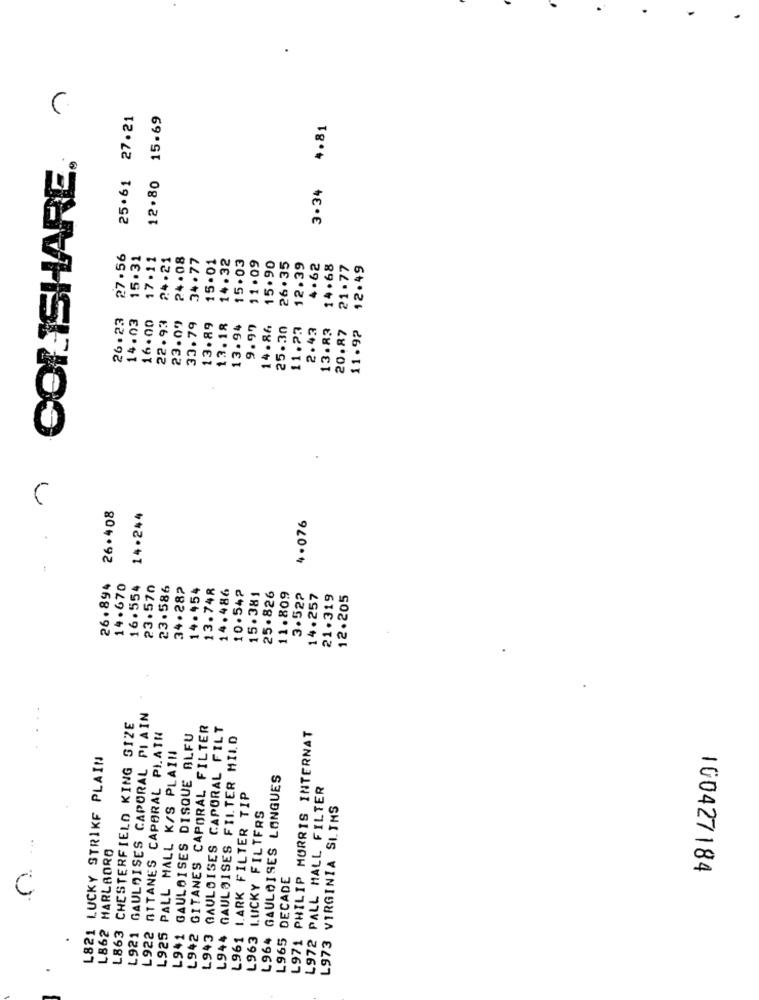
COLISHARE,
25.61 27.21
12.80 15.69
3.34 4.81
27.56
15.31
17.11
24.21
24 . 08
34 . 77
15.01
14.32
15.03
11.09
15.90
26.35
12.39
4.62
14.68
21.77
12.49
26.23
14.03
16.00
22.93
23.09
33.79
13.89
13.18
13.94
9.99
14.86
25.30
11.23
2.43
13.83
11.92
20.87
26.408
14.244
4.076
26.894
14.670
16.554
23.570
23.586
34.282
14.454
13.748
14.486
10.542
15.381
25.826
11.809
3.522
14.257
21.319
12.205
GAULOISES CAPORAL PIAIN
L863 CHESTERFIELD KING SIZE
L942 GITANES CAPORAL FILTER
L943 GAULOISES CAPORAL FILT
L922 ATTANES CAPORAL PLATH
L941 GAULOISES DISQUE BLFU
L944 GAULOISES FILTER MILD
L971 PHILIP MORRIS INTERNAT
L925 PALL MALL K/S PLAIN
L821 LUCKY STRIKE PLAIN
L964 GAULOISES LONGUES
L972 PALL MALL FILTER
L961 L.ARK FILTER TIP
L973 VIRGINIA SLIMS
L963 LUCKY FILTERS
L862 MARLBORO
L965 DECADE
100427184
C
L921